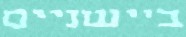
ביישניים